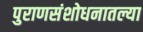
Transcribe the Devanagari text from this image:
पुराणसंशोधनातल्या